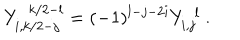
Y _ { i , k / 2 - j } ^ { ~ ~ k / 2 - l } = ( - 1 ) ^ { l - j - 2 i } Y _ { i , j } ^ { ~ ~ l } ~ .